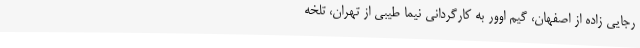
رجایی زاده از اصفهان، گیم اوور به کارگردانی نیما طیبی از تهران، تلخه